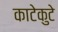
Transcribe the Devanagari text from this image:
काटेकुटे